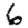
Digit: 6